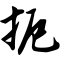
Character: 扼